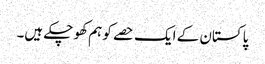
پاکستان کے ایک حصے کو ہم کھو چکے ہیں۔